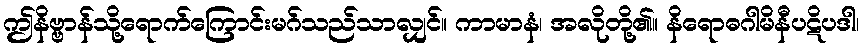
ဤနိဗ္ဗာန်သို့ရောက်ကြောင်းမဂ်သည်သာလျှင်။ ကာမာနံ၊ အလိုတို့၏။ နိရောဓဂါမိနီပဋိပဒါ၊